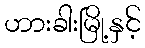
ဟားခါးမြို့နှင့်